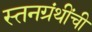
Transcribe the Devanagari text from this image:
स्तनग्रंथींची